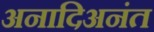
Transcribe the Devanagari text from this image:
अनादिअनंत